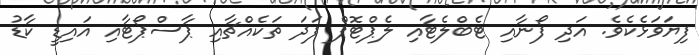
ފިޔަވަޅެކެވެ. އަދި ފޯނާއި ޓެބްލެޓާއި ލެޕްޓޮޕް ފަދަ ތަކެއްޗާއި ޕާސްޕޯޓާއި އައިޑީ ކާޑު